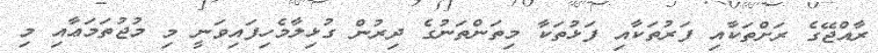
ރާއްޖޭގެ ރަށްތަކާއި ފަރުތަކާއި ފަޅުތަކާ މިތަންތަނުގެ ދިރުން ގުޅިލާމެހިފައިވަނީ މި މުޖުތަމަޢާއި މި